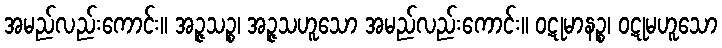
အမည်လည်းကောင်း။ အဉ္ဇသဉ္စ၊ အဉ္ဇသဟူသော အမည်လည်းကောင်း။ ဝဋုမာနဉ္စ၊ ဝဋုမဟူသော